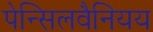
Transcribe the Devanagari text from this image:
पेन्सिलवैनियय